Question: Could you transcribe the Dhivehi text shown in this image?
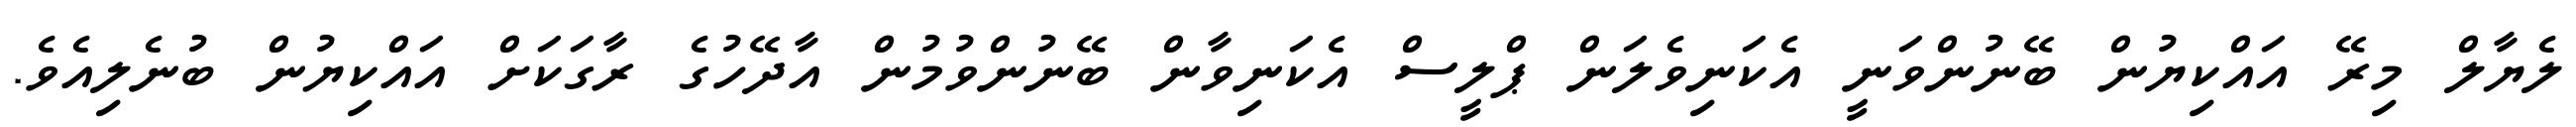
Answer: ލެޔާލް މިރޭ އައްކިޔުން ބޭނުންވަނީ އެކަނިވެލަން ޕްލީސް އެކަނިވާން ބޭނުންވުމުން އާދޭހުގެ ރާގަކަށް އައްކިޔުން ބުނެލިއެވެ.